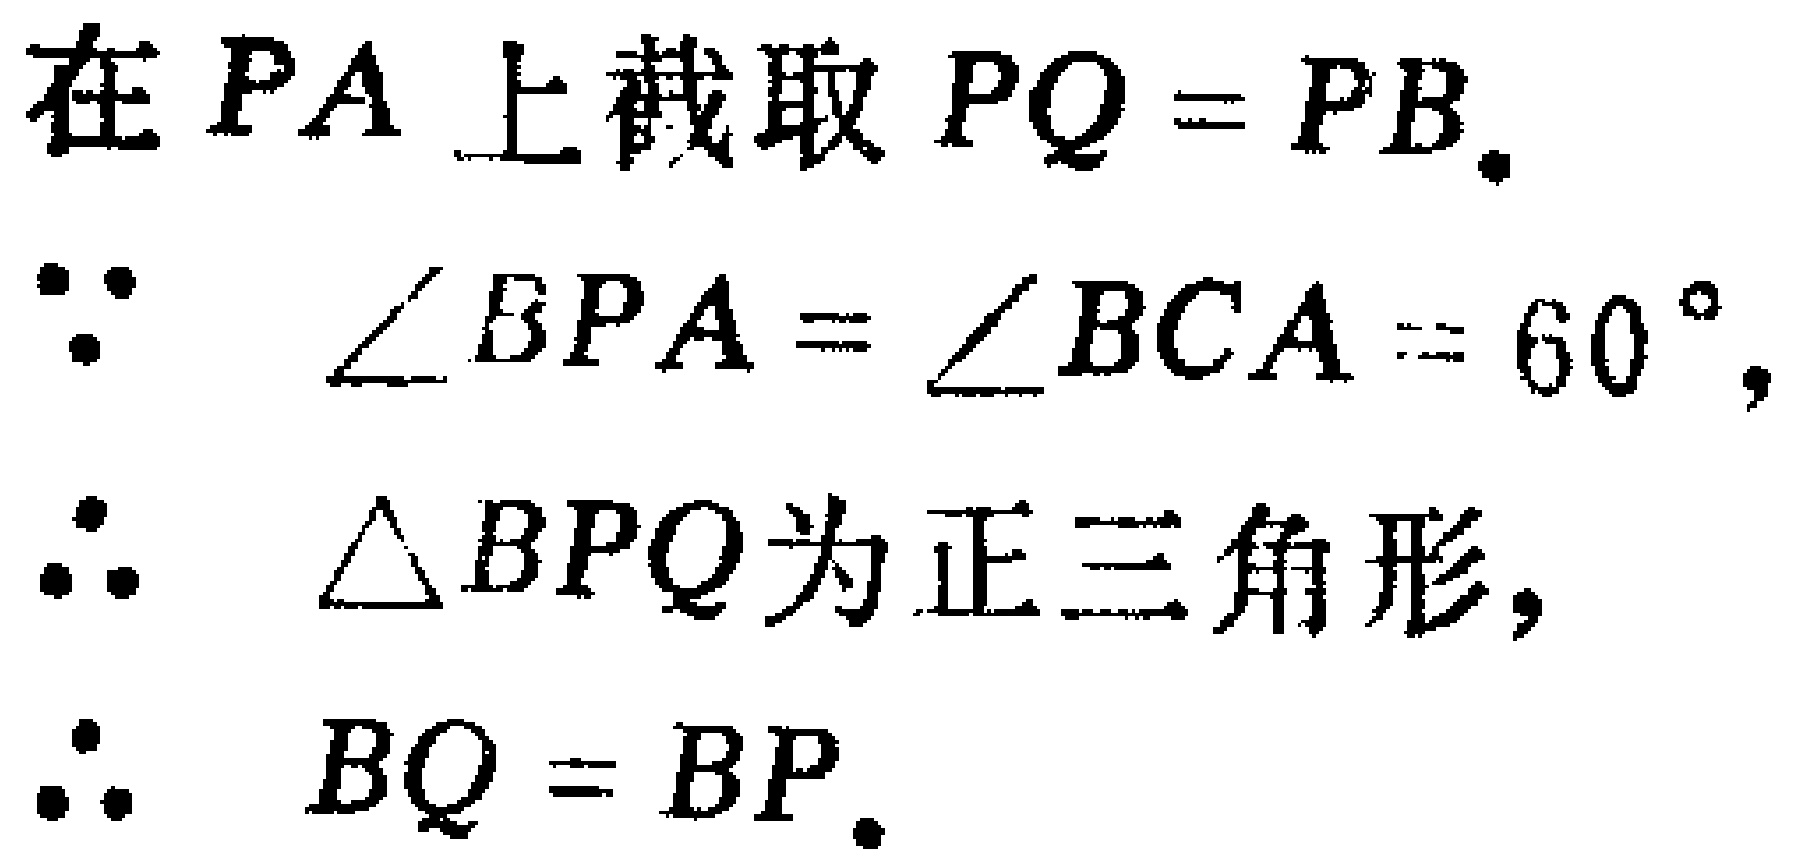
在 \(PA\) 上截取 \(PQ = PB\).
\(\because\quad \angle BPA=\angle BCA = 60^{\circ}\),
\(\therefore\quad \triangle BPQ\) 为正三角形,
\(\therefore\quad BQ = BP\).